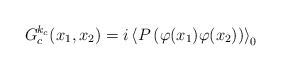
\begin{align*}G_c^{k_c}(x_1,x_2) = i \left\langle P \left( \varphi(x_1)\varphi(x_2)\right)\right\rangle_0 \end{align*}